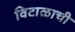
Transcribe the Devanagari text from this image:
विटाळाची